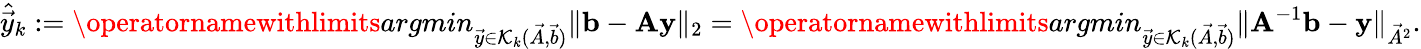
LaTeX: \hat{\vec{y}}_{k}:=\operatornamewithlimits{argmin}_{\vec{y}\in\mathcal{K}_{k}(\vec{A},\vec{b})}\| \mathbf{b}-\mathbf{A}\mathbf{y}\| _{2}=\operatornamewithlimits{argmin}_{\vec{y}\in\mathcal{K}_{k}(\vec{A},\vec{b})}\| \mathbf{A}^{-1}\mathbf{b}-\mathbf{y}\| _{\vec{A}^{2}}.